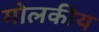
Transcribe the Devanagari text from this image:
गोलकीय